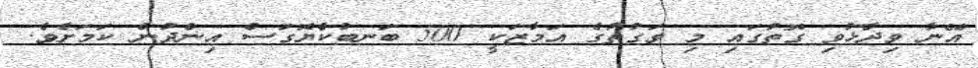
އޭނާ ވިދާޅުވި ގޮތުގައި މި ވަގުތުގެ އަމާޒަކީ 500 ބަނބުކެޔޮގަސް އިންދުން ކަމަށެވެ.